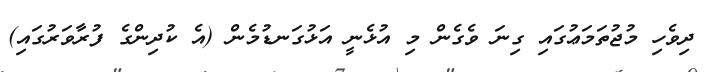
ދިވެހި މުޖުތަމަޢުގައި ގިނަ ވެގެން މި އުޅެނީ އަޅުގަނޑުމެން (އެ ކުދިންގެ ފުރާވަރުގައި)